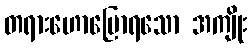
တရားဟောပြောရသော အကျိုး